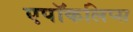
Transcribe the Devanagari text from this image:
एपॉकलिप्स